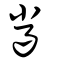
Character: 巤